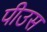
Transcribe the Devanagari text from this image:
पीउस